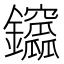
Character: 𨰆